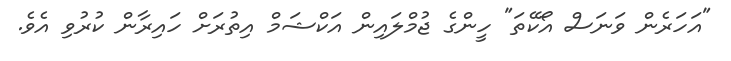
"އަހަރެން ވަނަސް އޯކޭތަ" ހީންގެ ޖުމްލައިން އަކްޝަމް އިތުރަށް ހައިރާން ކުރުވި އެވެ.